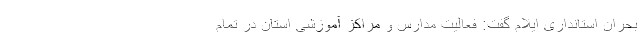
بحران استانداری ایلام گفت: فعالیت مدارس و مراکز آموزشی استان در تمام